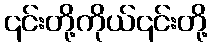
၎င်းတို့ကိုယ်၎င်းတို့